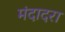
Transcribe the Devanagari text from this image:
मंदादरा